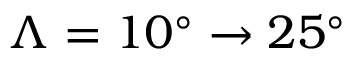
\Lambda = 1 0 ^ { \circ } \rightarrow 2 5 ^ { \circ }